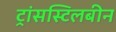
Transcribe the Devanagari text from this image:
ट्रांसस्टिलबीन